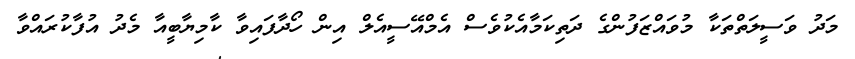
މަދު ވަސީލަތްތަކާ މުވައްޒަފުންގެ ދަތިކަމާއެކުވެސް އެމްއޭސީއެލް އިން ހޯދާފައިވާ ކާމިޔާބީއާ މެދު އުފާކުރައްވާ